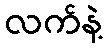
လက်နဲ့